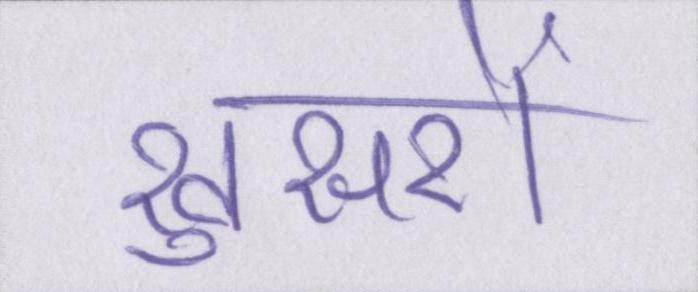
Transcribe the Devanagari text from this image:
खुसरों